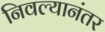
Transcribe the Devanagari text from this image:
निवल्यानंतर